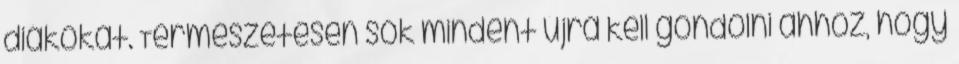
diákokat. Természetesen sok mindent újra kell gondolni ahhoz, hogy